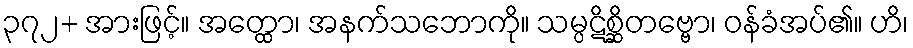
၃၇၂+ အားဖြင့်။ အတ္ထော၊ အနက်သဘောကို။ သမ္ပဋိစ္ဆိတဗ္ဗော၊ ဝန်ခံအပ်၏။ ဟိ၊